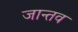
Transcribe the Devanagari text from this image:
जान्तव